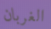
الغربان